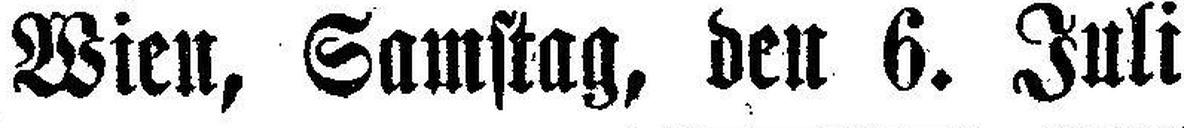
Wien, Samstag, den 6. Juli